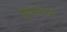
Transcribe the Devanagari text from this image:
सूरसागराचा